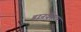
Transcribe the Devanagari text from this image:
डानकैस्टर